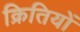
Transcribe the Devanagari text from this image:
क्रितियों